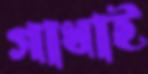
গাধাই